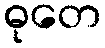
ဓုတေ